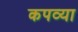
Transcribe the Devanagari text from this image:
कपव्या